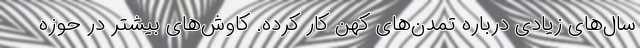
سال‌های زیادی درباره تمدن‌های کهن کار کرده. کاوش‌های بیشتر در حوزه